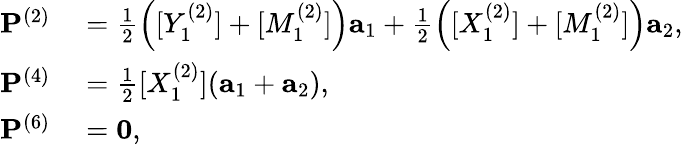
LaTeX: \begin{array}{rl}{{\mathbf P}^{(2)}}&{{}=\frac{1}{2}\left([Y_{1}^{(2)}]+[M_{1}^{(2)}]\right){\mathbf a}_{1}+\frac{1}{2}\left([X_{1}^{(2)}]+[M_{1}^{(2)}]\right){\mathbf a}_{2},}\\ {{\mathbf P}^{(4)}}&{{}=\frac{1}{2}[X_{1}^{(2)}]({\mathbf a}_{1}+{\mathbf a}_{2}),}\\ {{\mathbf P}^{(6)}}&{{}={\mathbf 0},}\end{array}